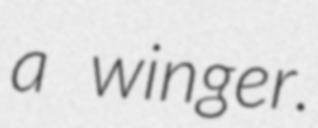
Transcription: a winger.